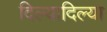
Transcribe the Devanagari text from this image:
दिल्यादिल्या